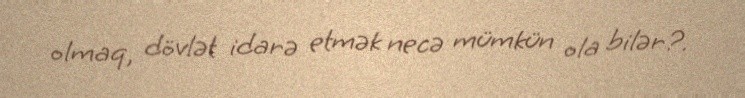
olmaq, dövlət idarə etmək necə mümkün ola bilər?.